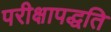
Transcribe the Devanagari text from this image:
परीक्षापद्धति